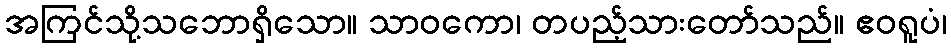
အကြင်သို့သဘောရှိသော။ သာဝကော၊ တပည့်သားတော်သည်။ ဧဝရူပံ၊